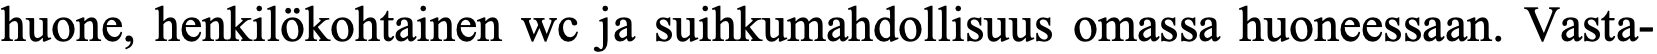
huone, henkilökohtainen wc ja suihkumahdollisuus omassa huoneessaan. Vasta-